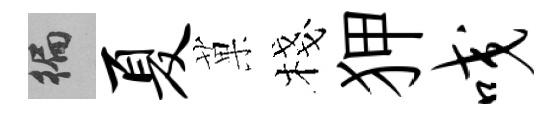
徧夏菓棧狎咬